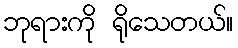
ဘုရားကို ရိုသေတယ်။